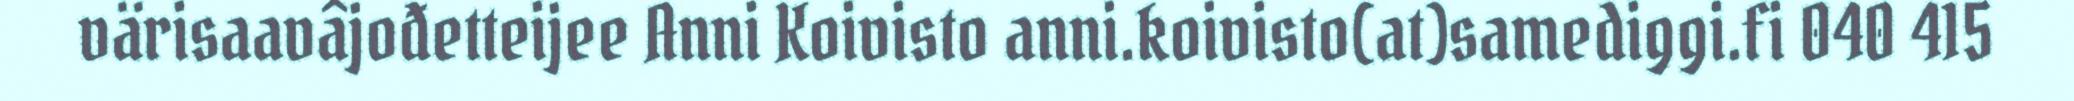
värisaavâjođetteijee Anni Koivisto anni.koivisto(at)samediggi.fi 040 415